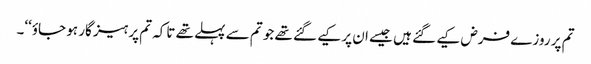
تم پر روزے فرض کیے گئے ہیں جیسے ان پر کیے گئے تھے جو تم سے پہلے تھے تاکہ تم پرہیز گار ہو جاؤ‘‘۔